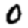
Digit: 0